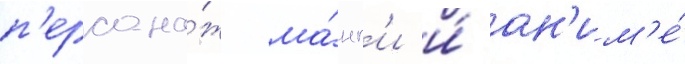
п'ерсона́ж ма́нг'и и́ ан'им'е́